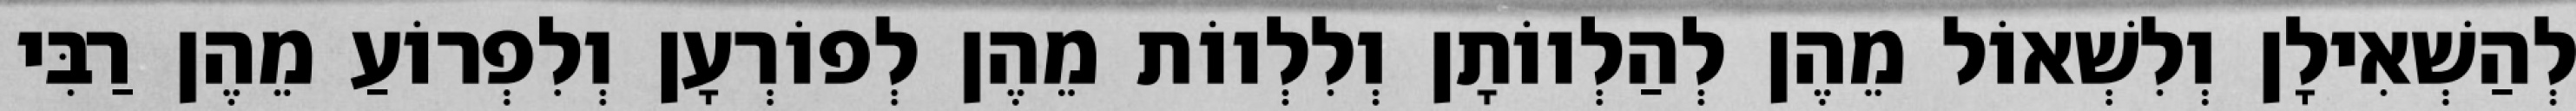
לְהַשְׁאִילָן וְלִשְׁאוֹל מֵהֶן לְהַלְווֹתָן וְלִלְווֹת מֵהֶן לְפוֹרְעָן וְלִפְרוֹעַ מֵהֶן רַבִּי